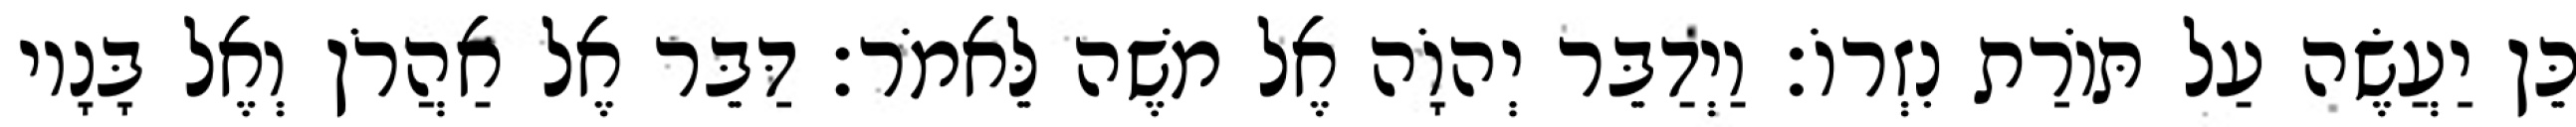
כֵּן יַעֲשֶׂה עַל תּוֹרַת נִזְרוֹ׃ וַיְדַבֵּר יְהוָֹה אֶל משֶׁה לֵּאמֹר׃ דַּבֵּר אֶל אַהֲרֹן וְאֶל בָּנָיו